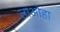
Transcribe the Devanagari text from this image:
लाओहा